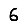
Digit: 6